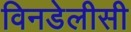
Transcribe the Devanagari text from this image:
विनडेलीसी